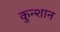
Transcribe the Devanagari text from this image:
कुन्शान